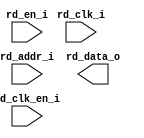
/*******************************************************************************
    Verilog netlist generated by IPGEN Radiant Software (64-bit) 1.1.0.165.1
    Soft IP Version: 1.0.0
    Mon May 13 14:20:34 2019
*******************************************************************************/
/*******************************************************************************
    Wrapper Module generated per user settings.
*******************************************************************************/
module rom_himax_cfg_chardet (rd_clk_i, rd_en_i, rd_clk_en_i, rd_addr_i,
    rd_data_o)/* synthesis syn_black_box syn_declare_black_box=1 */;
    input  rd_clk_i;
    input  rd_en_i;
    input  rd_clk_en_i;
    input  [7:0]  rd_addr_i;
    output  [15:0]  rd_data_o;
endmodule